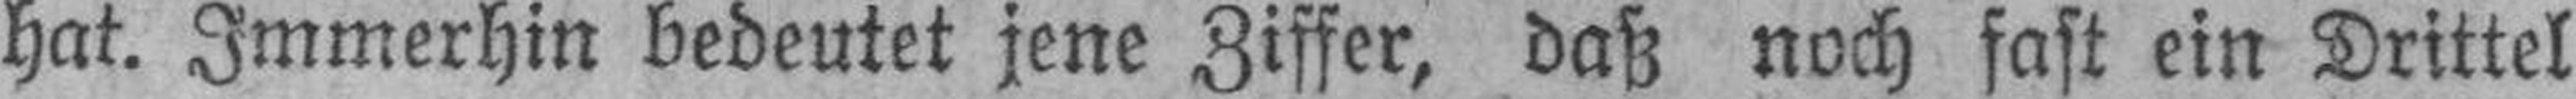
hat. Immerhin bedeutet jene Ziffer, daß noch fast ein Drittel